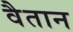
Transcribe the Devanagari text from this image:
वैतान